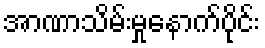
အာဏာသိမ်းမှုနောက်ပိုင်း